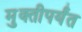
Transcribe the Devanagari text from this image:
मुक्तीपर्यंत